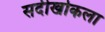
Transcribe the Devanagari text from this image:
सर्दीखोकला